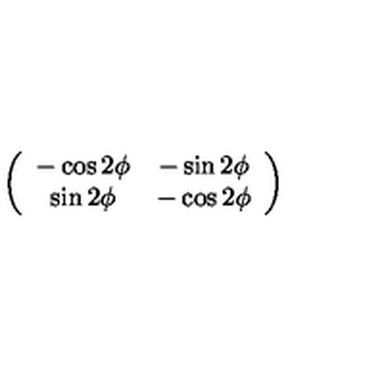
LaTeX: \left( \begin{array} { c c } { - \cos 2 \phi } & { - \sin 2 \phi } \\ { \sin 2 \phi } & { - \cos 2 \phi } \\ \end{array} \right)